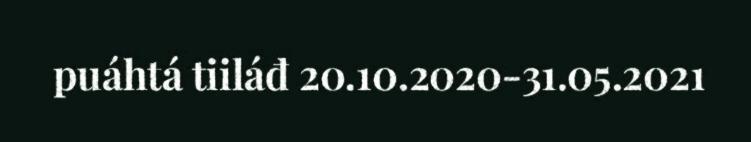
puáhtá tiiláđ 20.10.2020-31.05.2021